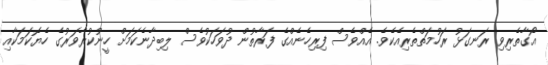
އޯގާތެރިވި ރަނގަޅު ރަހުމަތްތެރިއެކެވެ. އެއްވެސް ފިރިހެނެއްގެ ފަރާތުން ދުވަހަކުވެސް ލިބިދާނެކަމަށް ހީނުކުރާވަރުގެ ހެޔޮކަމަކާއި